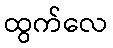
ထွက်လေ